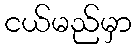
ငယ်မည်မှာ